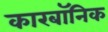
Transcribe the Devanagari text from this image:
कारबॉनिक